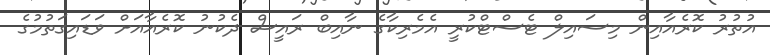
އުތުރު ކޮރެއާއިން މިސައިލް ޓެސްޓްކުރީ އެމެރިކާގެ ނާއިބް ރައީސް ދެކުނު ކޮރެއާއަށް ވަޑައިގަތުމުގެ